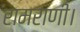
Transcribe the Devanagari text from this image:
रामराणी।